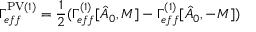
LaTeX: \Gamma _ { e f f } ^ { \mathrm { P V } ( 1 ) } = { \frac { 1 } { 2 } } ( \Gamma _ { e f f } ^ { ( 1 ) } [ \hat { A } _ { 0 } , M ] - \Gamma _ { e f f } ^ { ( 1 ) } [ \hat { A } _ { 0 } , - M ] )